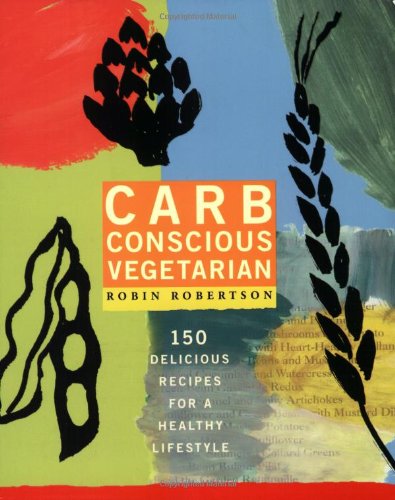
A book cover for Carb Conscious Vegetarian: 150 Delicious Recipes for a Healthy Lifestyle; Robin Robertson; Health, Fitness & Dieting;